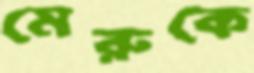
মেরুকে